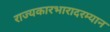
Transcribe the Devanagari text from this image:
राज्यकारभारादरम्यान